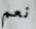
نعم